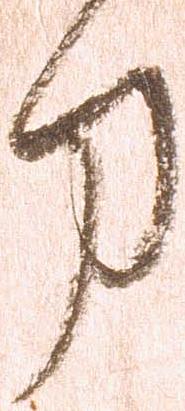
刀